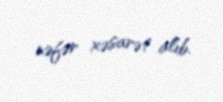
nəfər xəsarət alıb.